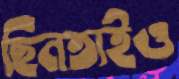
ছিনতাইও